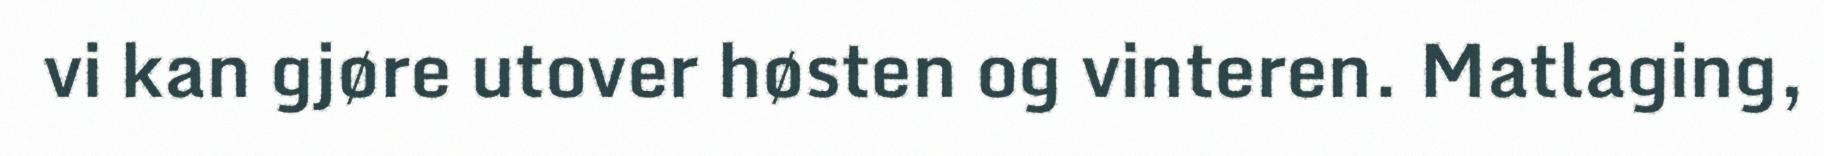
vi kan gjøre utover høsten og vinteren. Matlaging,